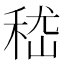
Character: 嵇